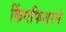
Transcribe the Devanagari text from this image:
किंगफिशरने